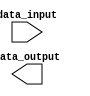
module bit_select_example (
   input [7:0] data_input,
   output reg [7:0] data_output
);

// Assigning specific bits from input to output
always @* begin
   data_output[3] = data_input[2]; // Assigning bit 2 from input to bit 3 of output
   data_output[6:4] = data_input[5:3]; // Assigning bits 5 to 3 from input to bits 6 to 4 of output
end

endmodule